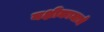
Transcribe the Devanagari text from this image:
नक्षीकामाचे